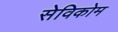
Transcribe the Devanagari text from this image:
सेविकोम